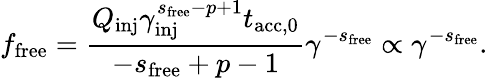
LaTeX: f_{\mathrm{free}}=\frac{Q_{\mathrm{inj}}\gamma_{\mathrm{inj}}^{s_{\mathrm{free}}-p+1}t_{\mathrm{acc,0}}}{-s_{\mathrm{free}}+p-1}\gamma^{-s_{\mathrm{free}}}\propto\gamma^{-s_{\mathrm{free}}}.